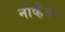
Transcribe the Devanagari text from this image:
नोव्हॆंबर